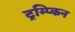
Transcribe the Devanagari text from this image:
ट्रम्प्किन